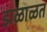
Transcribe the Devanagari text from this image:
झळाळत